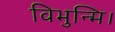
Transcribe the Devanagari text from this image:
विभुन्मि।